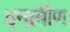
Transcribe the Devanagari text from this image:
इन्द्रमीण